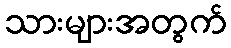
သားများအတွက်